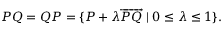
P Q = Q P = \{ P + \lambda { \overrightarrow { P Q } } \mid 0 \leq \lambda \leq 1 \} .